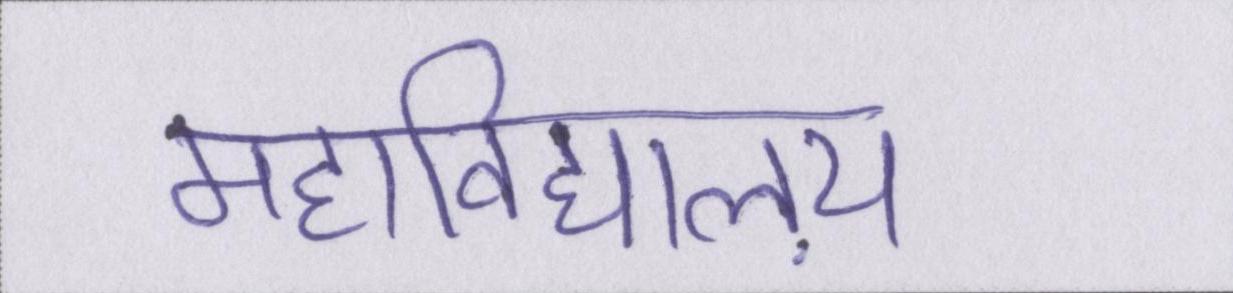
महाविद्यालय़